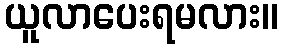
ယူလာပေးရမလား။